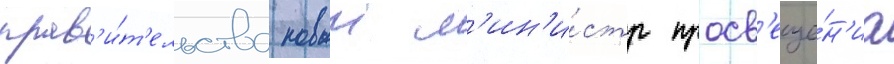
прав'и́т'ельства новыи м'ин'и́стр просв'еще́н'иа